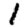
Digit: 1